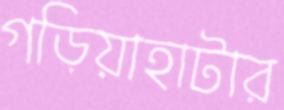
গড়িয়াহাটার